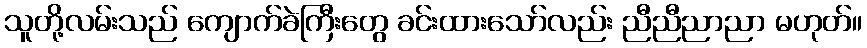
သူတို့လမ်းသည် ကျောက်ခဲကြီးတွေ ခင်းထားသော်လည်း ညီညီညာညာ မဟုတ်။